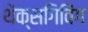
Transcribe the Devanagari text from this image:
थेंक्सगिविंग